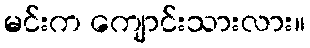
မင်းက ကျောင်းသားလား။